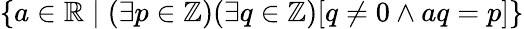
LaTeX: \{ a\in\mathbb{R}\mid(\exists p\in\mathbb{Z})(\exists q\in\mathbb{Z})[q\not=0\land aq=p]\}